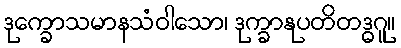
ဒုက္ခောသမာနသံဝါသော၊ ဒုက္ခာနုပတိတဒ္ဓဂူ။